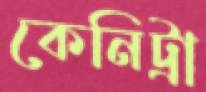
কেনিট্রা